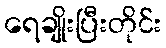
ရေချိုးပြီးတိုင်း